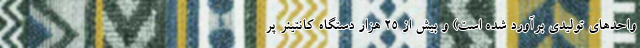
واحدهای تولیدی برآورد شده است) و بیش از ۲۵ هزار دستگاه کانتینر پر